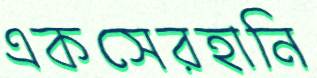
একসেরহানি